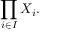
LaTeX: \prod _ { i \in I } X _ { i } .